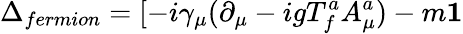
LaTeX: \Delta_{fermion}=[-i\gamma_{\mu}(\partial_{\mu}-igT_{f}^{a}A_{\mu}^{a})-m{\mathbf 1}